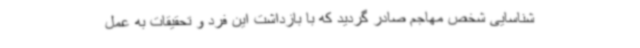
شناسایی شخص مهاجم صادر گردید که با بازداشت این فرد و تحقیقات به عمل